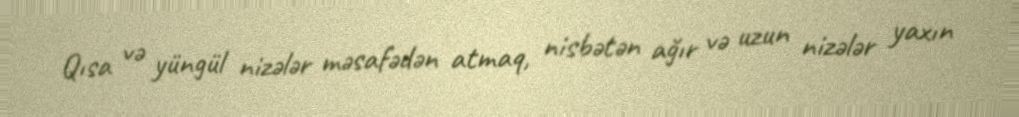
Qısa və yüngül nizələr məsafədən atmaq, nisbətən ağır və uzun nizələr yaxın